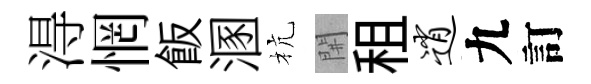
淂惘飯溷杭𨳩租逍九訂